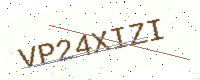
Text: VP24XIZI